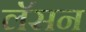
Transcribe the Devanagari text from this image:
लॅसन